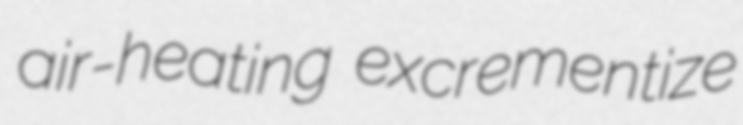
air-heating excrementize